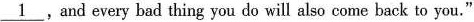
\underline{1} ,and every bad thing you do will also come back to you."